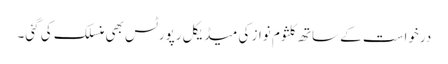
درخواست کے ساتھ کلثوم نواز کی میڈیکل رپورٹس بھی منسلک کی گئی۔